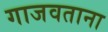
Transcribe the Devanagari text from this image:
गाजवताना